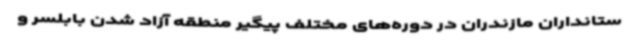
ستانداران مازندران در دوره‌های مختلف پیگیر منطقه آزاد شدن بابلسر و